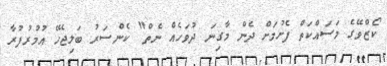
ކޯޒްވޭގެ މަސައްކަތް ފެށުމަށް ދެން މާގިނަ ދުވަހެއް ނެތް" ކެންސަރު ބަލިޖެހޭ އުމުރުފުރާ